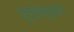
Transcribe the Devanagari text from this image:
प्रवेशद्वार।